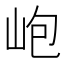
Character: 𡶄